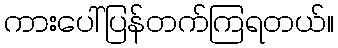
ကားပေါ်ပြန်တက်ကြရတယ်။